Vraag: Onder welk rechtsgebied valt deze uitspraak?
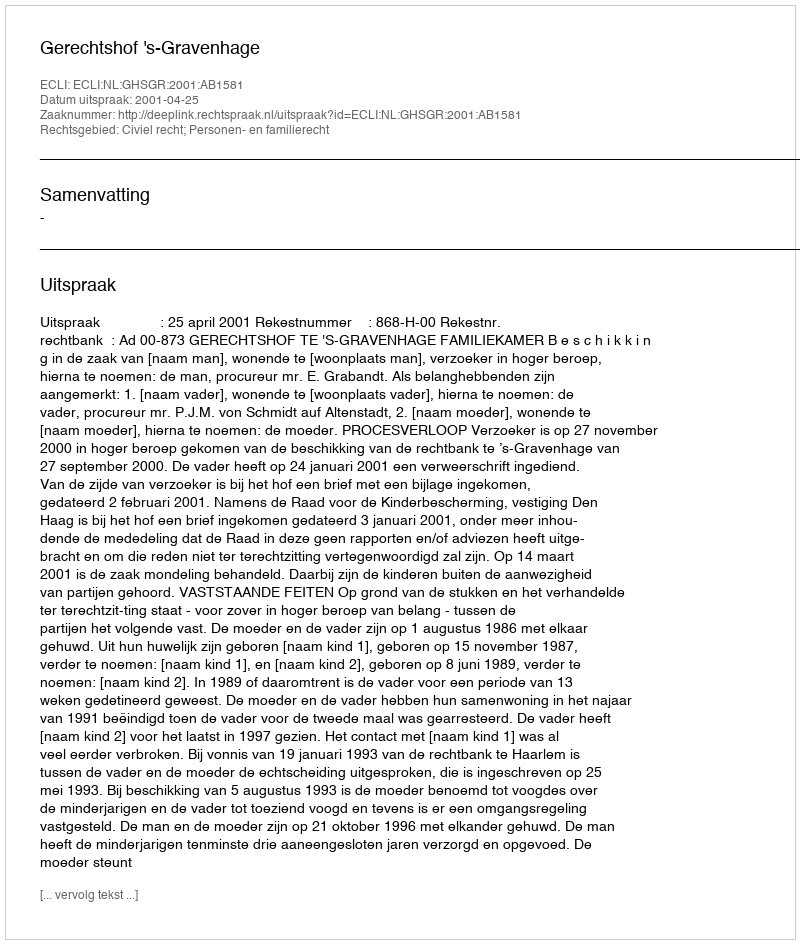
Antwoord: Civiel recht; Personen- en familierecht